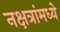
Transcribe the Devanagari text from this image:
नक्षत्रांमध्ये